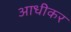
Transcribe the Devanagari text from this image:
आधीकर